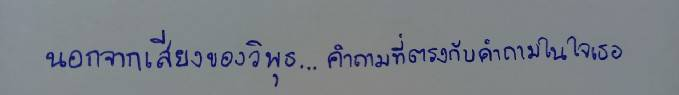
นอกจากเสียงของวิพุธ...คำถามที่ตรงกับคำถามในใจเธอ